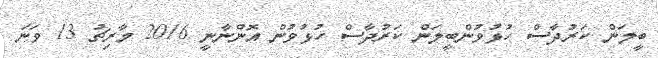
ބީލަން ކަރުދާސް ހުޅުވުންބީލަން ކަރުދާސް ހުޅުވުން އޮންނާނީ 2016 މާރިޗު 13 ވަނަ